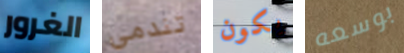
الغرور تندمي يكون بوسعه